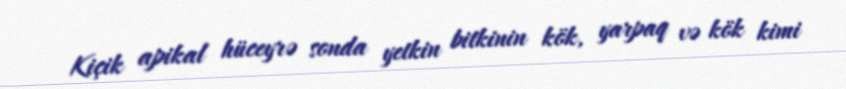
Kiçik apikal hüceyrə sonda yetkin bitkinin kök, yarpaq və kök kimi